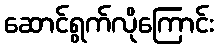
ဆောင်ရွက်လိုကြောင်း